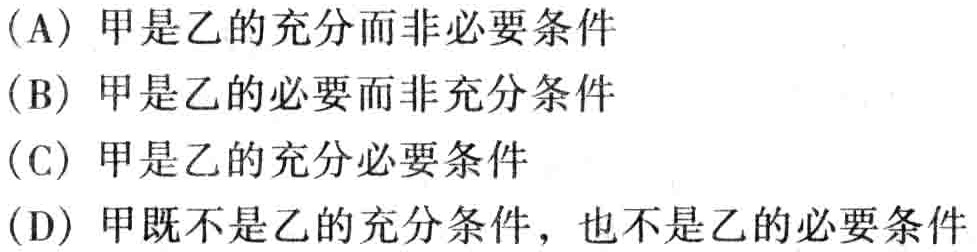
(A) 甲是乙的充分而非必要条件
(B) 甲是乙的必要而非充分条件
(C) 甲是乙的充分必要条件
(D) 甲既不是乙的充分条件，也不是乙的必要条件